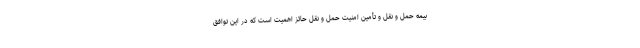
بیمه حمل و نقل و تأمین امنیت حمل و نقل حائز اهمیت است که در این توافق